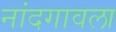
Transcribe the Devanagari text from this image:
नांदगावला